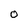
Character: 0